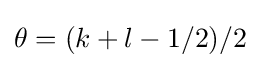
\theta =(k+l-1/2)/2